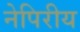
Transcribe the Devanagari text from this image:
नेपिरीय